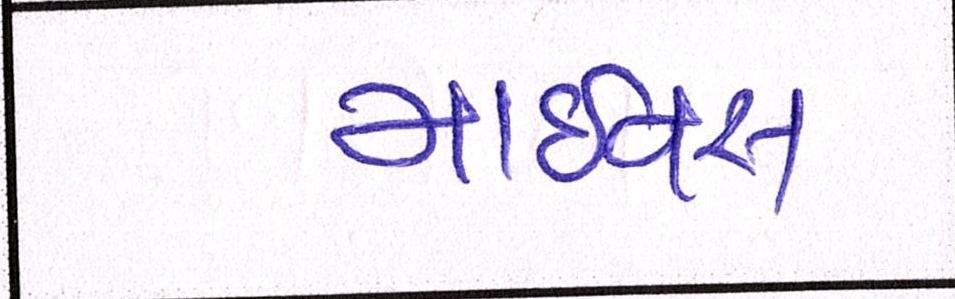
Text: માઇનસ